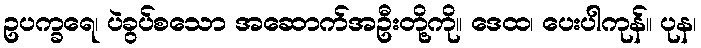
ဥပက္ခရေ၊ ပဲခွပ်စသော အဆောက်အဦးတို့ကို။ ဒေထ၊ ပေးပါကုန်။ ပုန၊